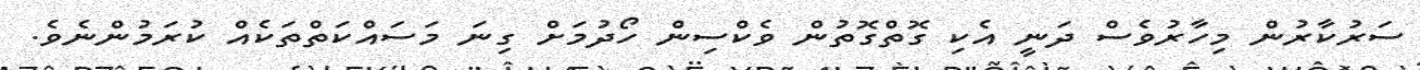
ސަރުކާރުން މިހާރުވެސް ދަނީ އެކި ގޮތްގޮތުން ވެކްސިން ހޯދުމަށް ގިނަ މަސައްކަތްތަކެއް ކުރަމުންނެވެ.